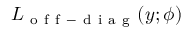
L _ { \mathrm { ~ o ~ f ~ f ~ - ~ d ~ i ~ a ~ g ~ } } ( y ; \phi )